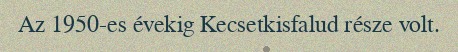
Az 1950-es évekig Kecsetkisfalud része volt.